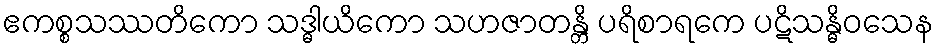
ဧကစ္စသဿတိကော သဒ္ဓါယိကော သဟဇာတန္တိ ပရိစာရကေ ပဋိသန္ဓိဝသေန